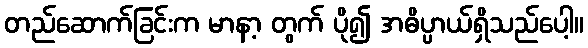
တည်ဆောက်ခြင်းက မာနာ့ တွက် ပို၍ အဓိပ္ပာယ်ရှိသည်ပေါ့။